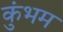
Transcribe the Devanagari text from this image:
कुंभम